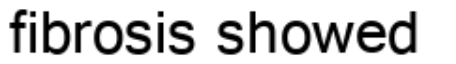
fibrosis showed